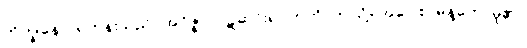
ဘိက္ခုနော၊ ရဟန်းသည်။ အဝိဇ္ဇာ၊ ဝဋ်ဆင်းရဲ။ ဣတိ၊ ဤသို့။ အဝေါစ၊ မိန့်တော်မူ၏။